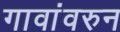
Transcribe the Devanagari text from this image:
गावांवरुन